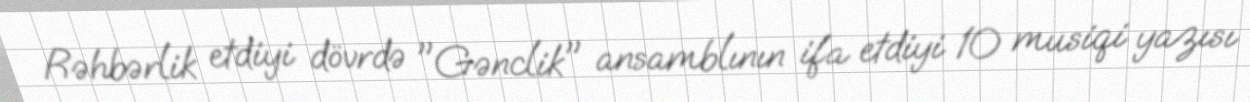
Rəhbərlik etdiyi dövrdə "Gənclik" ansamblının ifa etdiyi 10 musiqi yazısı